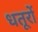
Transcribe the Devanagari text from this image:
धतूरों